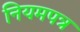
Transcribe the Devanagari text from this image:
नियमपत्र